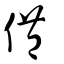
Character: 僼